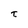
Character: t